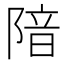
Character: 隌